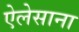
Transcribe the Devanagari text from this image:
ऐलेसाना